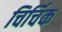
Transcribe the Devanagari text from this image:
चिर्चिक